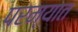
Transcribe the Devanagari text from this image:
परम्यात